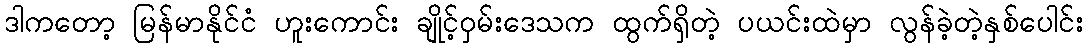
ဒါကတော့ မြန်မာနိုင်ငံ ဟူးကောင်း ချိုင့်ဝှမ်းဒေသက ထွက်ရှိတဲ့ ပယင်းထဲမှာ လွန်ခဲ့တဲ့နှစ်ပေါင်း